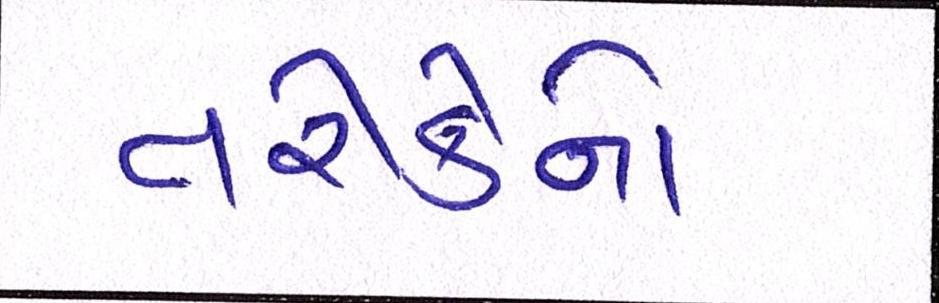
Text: તરીકેનો